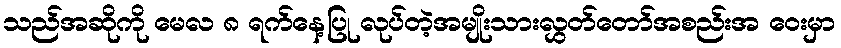
သည်အဆိုကို မေလ ၈ ရက်နေ့ပြု လုပ်တဲ့အမျိုးသားလွှတ်တော်အစည်းအ ဝေးမှာ